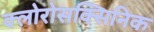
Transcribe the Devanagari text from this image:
क्लोरोसक्सिनिक